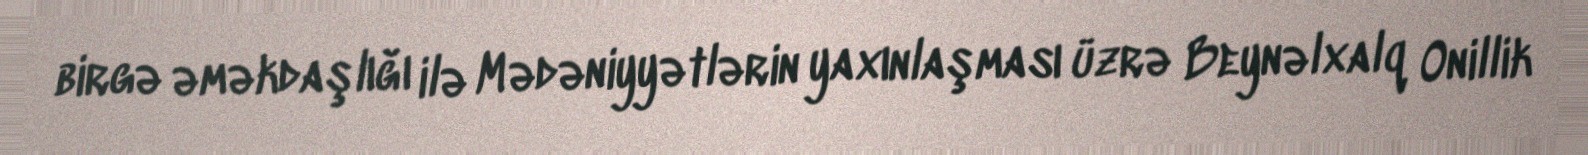
birgə əməkdaşlığı ilə Mədəniyyətlərin yaxınlaşması üzrə Beynəlxalq Onillik